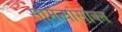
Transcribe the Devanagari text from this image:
सामन्यांसोबत